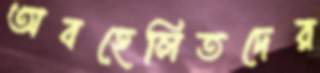
অবহেলিতদের